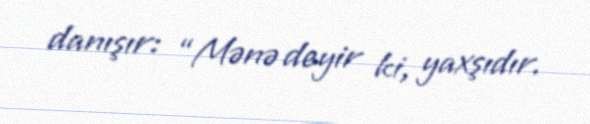
danışır: “Mənə deyir ki, yaxşıdır.